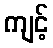
ကျင့်